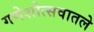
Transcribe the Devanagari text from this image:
गणेशोत्सवातले